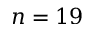
n = 1 9